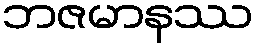
ဘဇမာနဿ